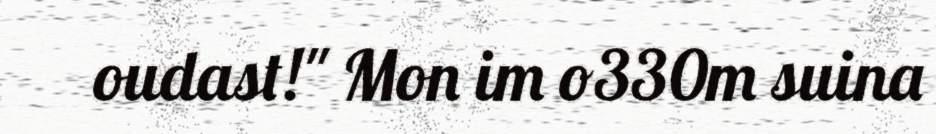
oudast!" Mon im o330m suina